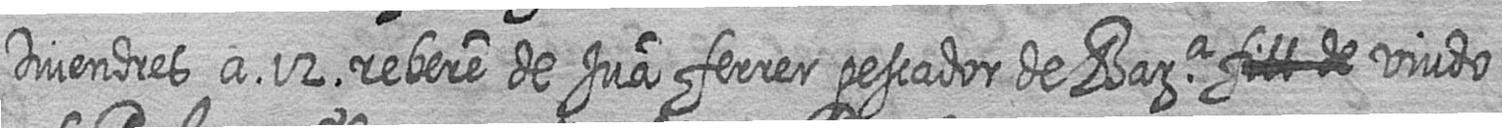
Divendres a 12 rebere de Jua ferrer pescador de Bara # viudo